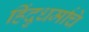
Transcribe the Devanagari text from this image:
हिंदुधर्माचे